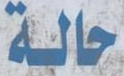
حالة